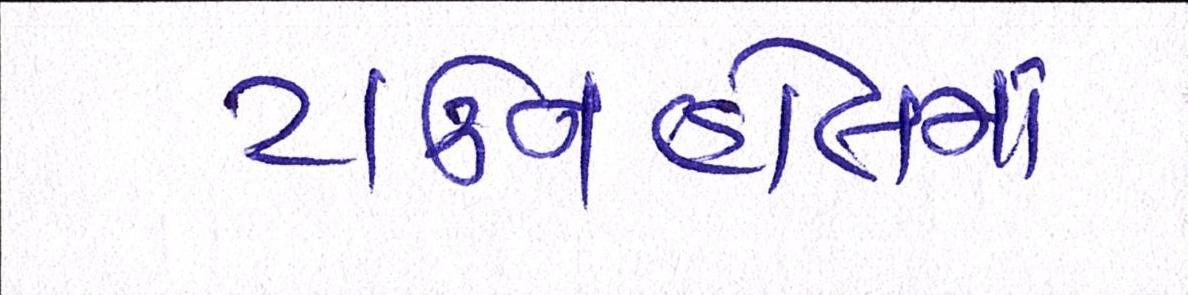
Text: ટાઉનહોલમાં